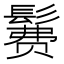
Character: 𱆄